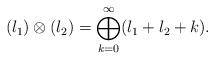
LaTeX: \begin{align*}(l_1)\otimes(l_2) = \bigoplus\limits_{k=0}^{\infty} (l_1 + l_2 +k).\end{align*}